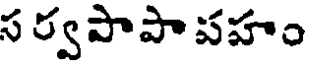
స ర్వపాపా పహం